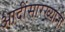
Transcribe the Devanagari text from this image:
आदींसारख्यांनी